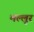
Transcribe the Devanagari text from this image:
मल्लूर